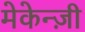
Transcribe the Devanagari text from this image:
मेकेन्ज़ी